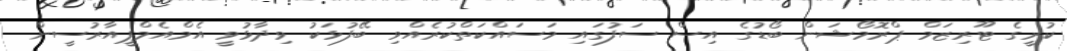
ކުރީގެ ޓޫރިޒަމް ޕްރޮމޯޝަން ބޯޑުގެ އިސް ސަފުގައި މަސައްކަތްކުރެއްވި ބޭފުޅަކު ވިދާޅުވީ އެމްއެމްޕީއާރުސީން